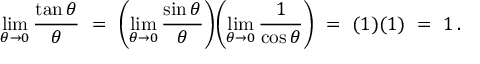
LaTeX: \operatorname* { l i m } _ { \theta \to 0 } { \frac { \tan \theta } { \theta } } \ = \ \left( \operatorname* { l i m } _ { \theta \to 0 } { \frac { \sin \theta } { \theta } } \right) \! \left( \operatorname* { l i m } _ { \theta \to 0 } { \frac { 1 } { \cos \theta } } \right) \ = \ ( 1 ) ( 1 ) \ = \ 1 \, .